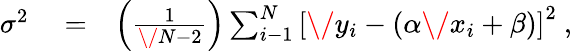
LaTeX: \begin{array}{rlr}{\sigma^{2}}&{{}=}&{\left({\frac{1}{\/ N-2}}\right)\sum_{i-1}^{N}\left[\/ y_{i}-(\alpha\/ x_{i}+\beta)\right]^{2}\ ,}\end{array}